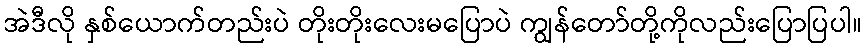
အဲဒီလို နှစ်ယောက်တည်းပဲ တိုးတိုးလေးမပြောပဲ ကျွန်တော်တို့ကိုလည်းပြောပြပါ။